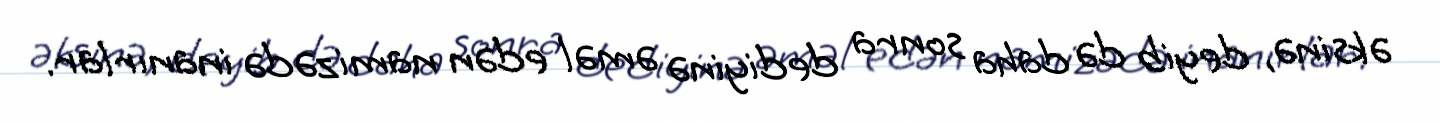
əksinə, deyib də daha sonra dediyinə əməl edən namizədə inanırlar.